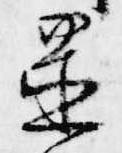
置